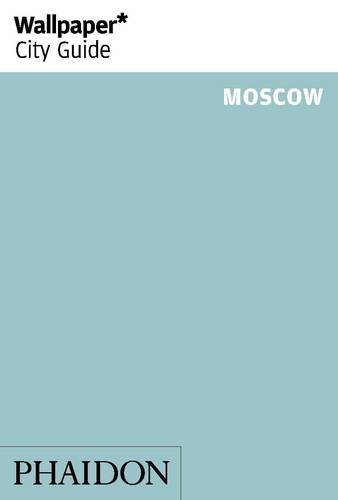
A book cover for Wallpaper* City Guide Moscow 2014 (Wallpaper City Guides); Wallpaper*; Travel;